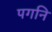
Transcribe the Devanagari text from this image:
पगनि